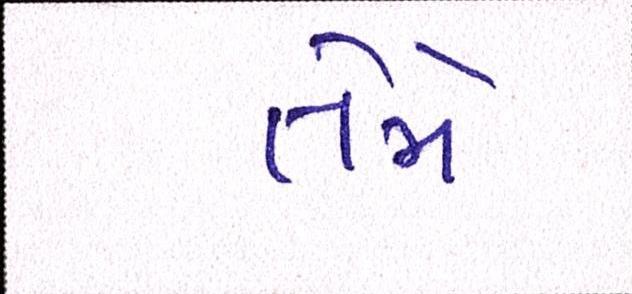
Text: તેમે